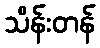
သိန်းတန်